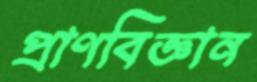
প্রাণবিজ্ঞান